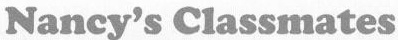
Nancy's Classmates